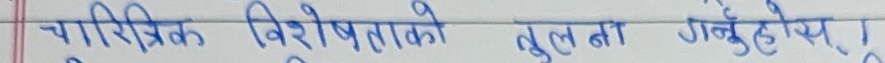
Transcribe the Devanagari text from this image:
चारित्रिक विशेषताको तुलना गर्नुपर्छ ।